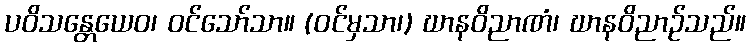
ပဝိသန္တေယေဝ၊ ဝင်သော်သာ။ (ဝင်မှသာ၊) ဃာနဝိညာဏံ၊ ဃာနဝိညာဉ်သည်။